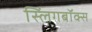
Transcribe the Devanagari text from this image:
स्लिंगबॉक्स